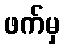
ဖက်မှ